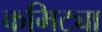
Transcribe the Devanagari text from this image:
कमिट्या